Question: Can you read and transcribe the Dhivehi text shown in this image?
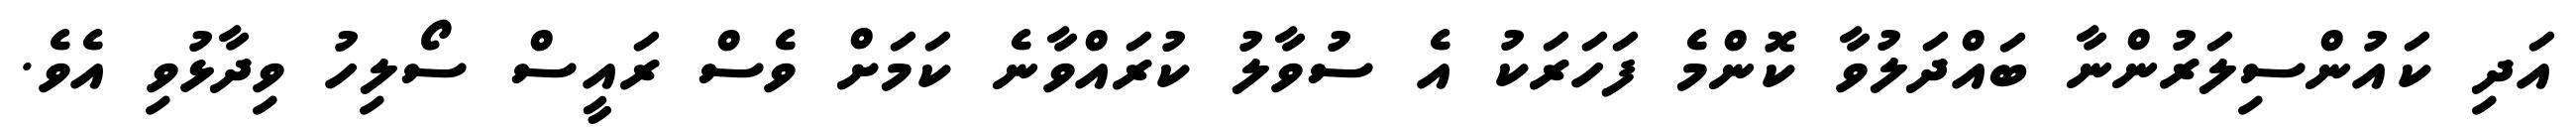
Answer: އަދި ކައުންސިލަރުންނާ ބައްދަލުވާ ކޮންމެ ފަހަރަކު އެ ސުވާލު ކުރައްވާނެ ކަމަށް ވެސް ރައީސް ސޯލިހު ވިދާޅުވި އެވެ.